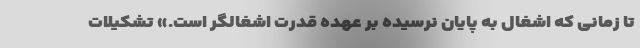
تا زمانی که اشغال به پایان نرسیده بر عهده‌ قدرت اشغالگر است.» تشکیلات